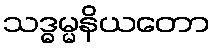
သဒ္ဓမ္မနိယတော